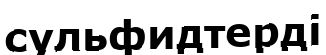
сульфидтерді